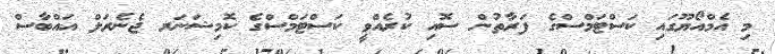
މި އެމްއޯޔޫގައި ކަސްޓަމްސްގެ ފަރާތުން ސޮއި ކުރެއްވީ ކަސްޓަމްސްގެ ކޮމިޝަނަރ ޖެނެރަލް އައްބާސް